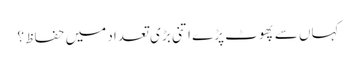
کہاں سے پھوٹ پڑے اتنی بڑی تعداد میں حفاظ ؟